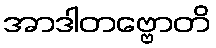
အာဒါတဗ္ဗောတိ